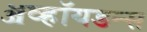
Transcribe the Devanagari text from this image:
ॲव्हॉयडन्स